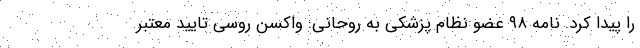
را پیدا کرد. نامه ۹۸ عضو نظام پزشکی به روحانی: واکسن روسی تایید معتبر